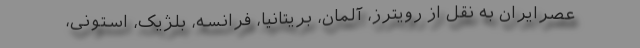
عصرایران به نقل از رویترز، آلمان، بریتانیا، فرانسه، بلژیک، استونی،